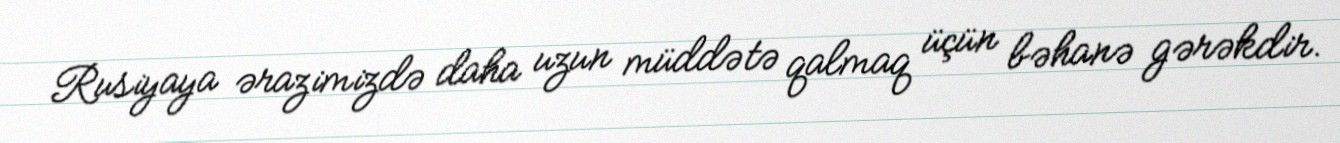
Rusiyaya ərazimizdə daha uzun müddətə qalmaq üçün bəhanə gərəkdir.